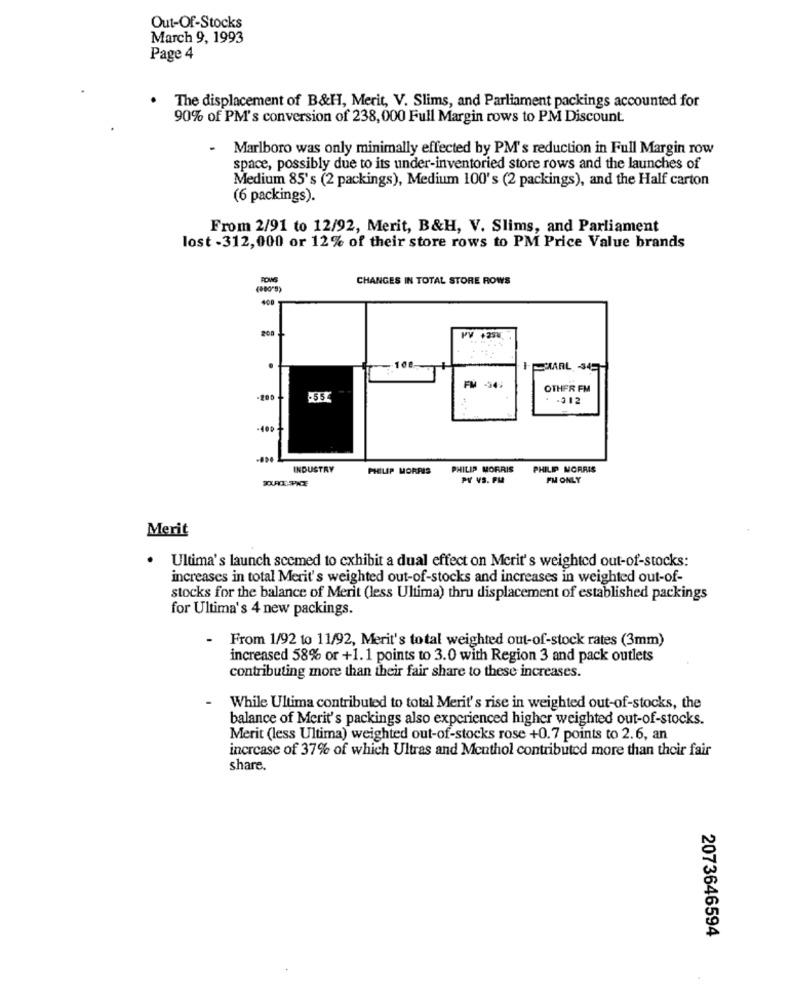
Out-Of-Stocks
March 9, 1993
Page 4
The displacement of B&H, Merit, V. Slims, and Parliament packings accounted for
90% of PM's conversion of 238, 000 Full Margin rows to PM Discount.
-
Marlboro was only minimally effected by PM's reduction in Full Margin row
space, possibly due to its under-inventoried store rows and the launches of
Medium 85's (2 packings), Medium 100's (2 packings), and the Half carton
(6 packings).
From 2/91 to 12/92, Merit, B&H, V. Slims, and Parliament
lost - 312,000 or 12% of their store rows to PM Price Value brands
FOWS
CHANGES IN TOTAL STORE ROWS
400
T
200
PV +255
FM
OTHER FM
-312
-400-
INDUSTRY
PHILIP MORRIS
PHILIP MORRIS
PHILIP MORRIS
XXRE-PKE
PY VS. PM
PM ONLY
Merit
. Ultima's launch sccmed to exhibit a dual effect on Merit's weighted out-of-stocks:
increases in total Merit's weighted out-of-stocks and increases in weighted out-of-
stocks for the balance of Merit (less Ultima) thru displacement of established packings
for Ultima's 4 new packings.
- From 1/92 to 11/92, Merit's total weighted out-of-stock rates (3mm)
increased 58% or +1.1 points to 3.0 with Region 3 and pack outlets
contributing more than their fair share to these increases.
While Ultima contributed to total Merit's rise in weighted out-of-stocks, the
balance of Merit's packings also experienced higher weighted out-of-stocks.
Merit (less Ultima) weighted out-of-stocks rose +0.7 points to 2.6, an
increase of 37% of which Ultras and Menthol contributed more than their fair
share.
2073646594